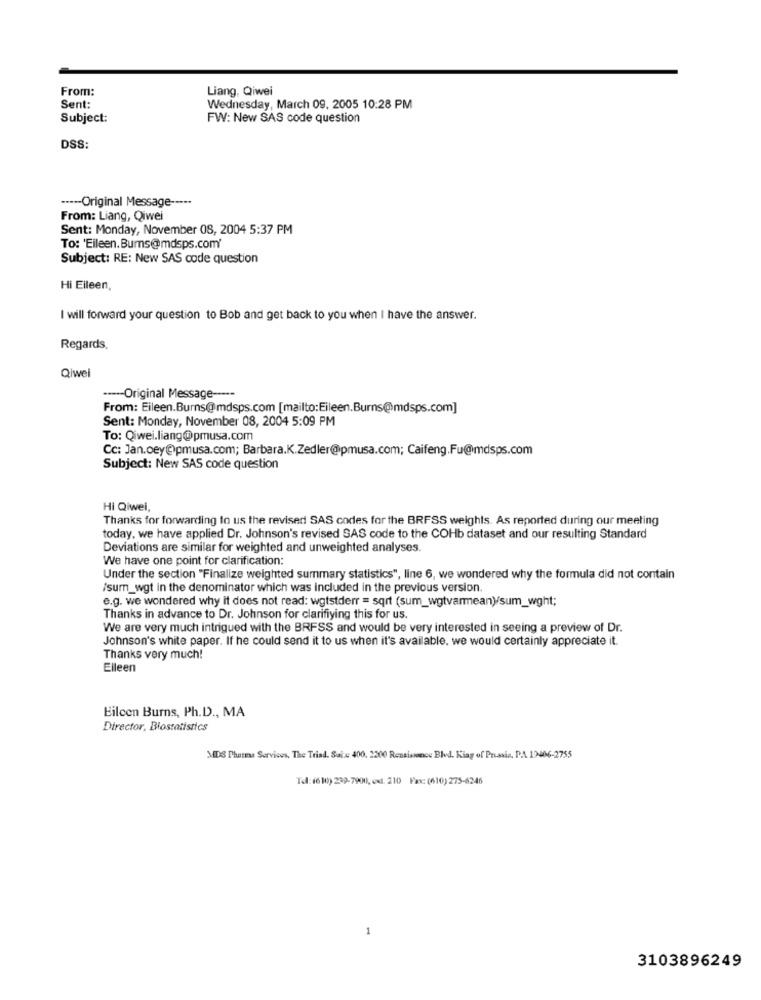
From:
Liang, Qiwei
Sent:
Wednesday, March 09, 2005 10:28 PM
Subject:
FW: New SAS code question
DSS:
----- Original Message -----
From: Liang, Qiwei
Sent: Monday, November 08, 2004 5:37 PM
To: 'Eileen.Burns@mdsps.com'
Subject: RE: New SAS code question
Hi Eileen,
I will forward your question to Bob and get back to you when I have the answer.
Regards,
Qiwel
----- Original Message -----
From: Eileen.Burns@mdsps.com [mailto:Eileen.Burns@mdsps.com]
Sent: Monday, November 08, 2004 5:09 PM
To: Qiwei.liang@pmusa.com
Cc: Jan.oey@pmusa.com; Barbara.K.Zedler@pmusa.com; Caifeng.Fu@mdsps.com
Subject: New SAS code question
Hi Qiwei,
Thanks for forwarding to us the revised SAS codes for the BRFSS weights. As reported during our meeting
today, we have applied Dr. Johnson's revised SAS code to the COHb dataset and our resulting Standard
Deviations are similar for weighted and unweighted analyses.
We have one point for clarification:
Under the section "Finalize weighted summary statistics", line 6, we wondered why the formula did not contain
/sum_wgt in the denominator which was included in the previous version.
e.g. we wondered why it does not read: wgtstderr = sqrt (sum_wgtvarmean)/sum_wght;
Thanks in advance to Dr. Johnson for clarifiying this for us.
We are very much intrigued with the BRFSS and would be very interested in seeing a preview of Dr.
Johnson's white paper. If he could send it to us when it's available. we would certainly appreciate it.
Thanks very much!
Elleen
Eileen Burns, Ph.D ., MA
Director, Biostatistics
MDS Pharma Services, The Trial. Sale: 400. 2300 Renaissance Blvd. Kiag of Prussia. P.A 12406-2755
Tel: (6100) 239-7900, ed. 210 Fax: (610) 275-6246
3103896249